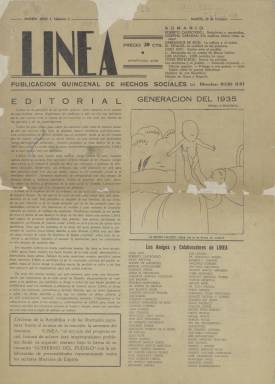
Título: Línea (Madrid. 1935)
Colección: Revistas de información general
Ámbito geográfico: Madrid
Lugar de publicación: Madrid
Fechas: 29/10/1935-31/12/1935

Con el subtítulo “publicación quincenal de hechos sociales”, aparece su primer número el 29 de octubre de 1935, dirigida por el republicano de izquierdas Julio Just Gimeno (1894-1976), entre cuyos “amigos y colaboradores” estará prácticamente en pleno la Generación del 27 y otros políticos de diversas tendencias republicanas, entre liberales, socialistas o comunistas. Comparte “un común denominador antifascista”, junto a otras revistas del periodo, como Octubre (1933-1934), El Tiempo presente (1935) o Nueva cultura (1935-1937). En su primer editorial expresará que “no es una revista, sino un periódico”, y efectivamente, el formato, estampación en papel prensa y su variedad en el número de columnas (generalmente, cuatro) y sus ocho páginas por entrega, así lo confirman, aunque su periodicidad sea quincenal. Sus primeras palabras son para aclarar que “no es periódico de un partido político, como tampoco órgano de una sindical obrera”.

Aunque pueda parecer que estuviera próximo a las tesis del partido comunista, se dirigió a “todos los escritores, periodistas y artistas liberales”, a personas de “diferente ideología”, que no estuvieran dispuestas a “callar”, en un momento social “de tal tensión”, como define a aquéllos meses, en los que Línea apareció, “para ocuparse de los sin trabajo, de aquéllos que son víctimas de nuestro tiempo. De los que en el curso de esta crisis social han sido abandonados”. Añade el editorial que se “ocupará de sus familias, de sus hijos, de su pan material y de la escasa atención que se les ha prestado para sus necesidades culturales”. Y agrega: “No dejaremos de escribir a cada instante la biografía colectiva de cientos de millones de españoles”.

Además de visualizar aspectos de la vida del campesinado o en los márgenes de la gran ciudad, con la ayuda de instantáneas propias del fotoperiodismo de denuncia social, este periódico-revista se mostró fiel defensor de la República -con críticas al gobierno cedista- y de las “libertades populares frente al avance de la reacción [y] la amenaza del fascismo”, difundiendo y proponiendo la formación de un “frente popular” como en otras democracias ante similares circunstancias.

Para hablar de tales “hechos sociales”, cuenta en torno a setenta personas, entre escritores, artistas, dibujantes o políticos como integrantes de su cuadro de “amigos y colaboradores”, entre los que se nombra a Luis Buñuel, Juan Chabás, Luis Cernuda, Antonio Espina, León Felipe, Pedro Garfias, Benjamín Jarnés, Antonio Machado, Pablo Neruda, Manuel Altolaguirre, Emilio Prados, Federico García Lorca o Ramón J. Sender, así como Roberto Castrovido, Álvaro de Albornoz, César M. Arconada, Augusto Enrique Azcoaga, José Díaz Fernández, Fernando García Mercadal, Gabriel García Maroto, Raúl González Tuñón, Félix Gordón Ordás, Antonio Ledesma, Arturo Mori, Juan Negrín, Eduardo Ortega y Gasset, Augusto Vivero, Julián Zugazogoitia, o Josefina Carabias y Rosario del Olmo.

Además de fotograbados, inserta en sus páginas humor gráfico y otros dibujos, así como reproducciones de Goya o Daumier. El primero que publica Luis Bagaria lleva el título Generación del 35, refiriéndose a los que nacían ese año. Otros dibujos serán de L. Quintanilla, José Robledano, Ramón Puyol, Francisco Soya o Miguel Prieto, que es también el autor de algún fotomontaje.

Ofrece muchas noticias e información social, sobre alfabetismo y enseñanza infantil, pobreza y paro, política, cultura, arte o arquitectura, pero también sobre asuntos internacionales, como las elecciones en todo el mundo, o bajo el epígrafe Países fascistas, países sin elecciones. Dos de sus secciones son Tribuna popular y Noticias de cinco céntimos. Publica reportajes como el referente a la vivienda en España, con 2.000 pueblos sin agua, así como artículos y textos de Miguel Hernández, bajo el título Verano e invierno; Julia Álvarez Resano, Mujeres del agro; Arturo Serrano Plaja, Carta desde Abisinia; Andrés Carranque de los Ríos, La cultura y el orden; Ogier Preteceille, Somos los salvajes; Juan Vincéns, La situación de las bibliotecas en España; Espina, Un mes y un día; Maroto, La enseñanza de las artes plásticas en España; Castrovido, Delaciones y represalias; Just, Azaña ante el pueblo; Jarnés, Escenas italianas; Arconada, Contenido social del cinema; Abeytua, La Alemania nazi prepara su guerra; Carabias, Te explicamos cómo se vive?; o el de Blasco Ibáñez, titulado Purificación republicana.

A partir de las segunda entrega, inserta “la novela picaresca de nuestros días” titulada Suma y sigue o El cuento de nunca acabar, que escriben “al alimón” Just, Sender, Arconada, González Tuñón, Alardo Prats, Francisco Cruz Salido y Miguel Pérez Ferrero. También publica una encuesta sobre ¿República española de 1931 o de 1935?, ¿conservadora o fascista?, en la que participan Álvaro de Albornoz, Julio Álvarez del Vayo, José Díaz, Isabel de Palencia, Dolores Ibárruri, José Franchy Roca y Marcelino Domingo. Y convoca un concurso de reportajes obreros y autobiografías del pueblo español.

La colección de este título en la Biblioteca Nacional de España alcanza hasta su entrega número 5, del 31 de diciembre de ese mismo año 1935, pero se conocen otras dos; la seis, de 24 de enero de 1936, en la que José Bergamín publica un texto sobre su viaje ruso de 1928, y Rafael Alberti, María Teresa León, Matilde Huici o Gustavo Pittaluga, otros; y la siete, de 14 de febrero, dedicada a las elecciones, que, probablemente, fue la última. Just sería entre 1936 y 1937 ministro de Obras Pública en el gobierno presidido por Francisco Largo Caballero, y en Francia ostentaría la presidencia interina del Gobierno en el exilio. Referencias bibliográficas sobre este título, las de Osuna (1986 y 2006).